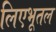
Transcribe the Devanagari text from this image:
लिएभूतल